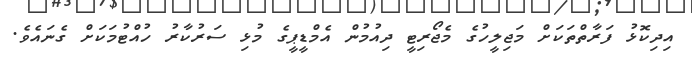
އިދިކޮޅު ފަރާތްތަކަށް މަޖިލީހުގެ މެޖޯރިޓީ ދިއުމުން އެމްޑީޕީގެ މުޅި ސަރުކާރު ހުއްޓުމަކަށް ގެނައެވެ.